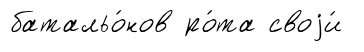
батальо́нов ро́та своjи́